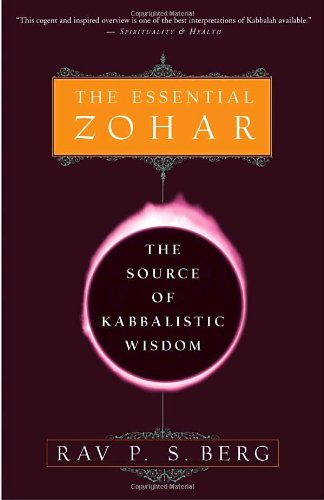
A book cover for The Essential Zohar: The Source of Kabbalistic Wisdom; Rav P.S. Berg; Religion & Spirituality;